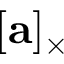
[ \mathbf { a } ] _ { \times }